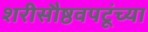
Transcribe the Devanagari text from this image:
शरीसौष्ठवपटूंच्या